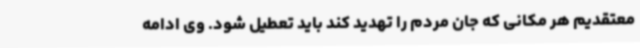
معتقدیم هر مکانی که جان مردم را تهدید کند باید تعطیل شود. وی ادامه